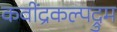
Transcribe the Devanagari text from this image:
कवींद्रकल्पद्रुम